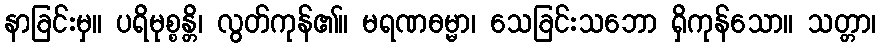
နာခြင်းမှ။ ပရိမုစ္စန္တိ၊ လွတ်ကုန်၏။ မရဏဓမ္မာ၊ သေခြင်းသဘော ရှိကုန်သော။ သတ္တာ၊